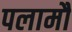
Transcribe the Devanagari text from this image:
पलामौ